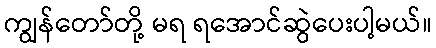
ကျွန်တော်တို့ မရ ရအောင်ဆွဲပေးပါ့မယ်။